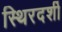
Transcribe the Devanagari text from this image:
स्थिरदर्शी